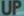
UP